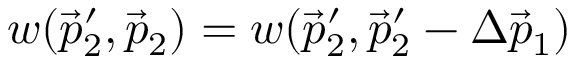
w ( \vec { p } _ { 2 } ^ { \prime } , \vec { p } _ { 2 } ) = w ( \vec { p } _ { 2 } ^ { \prime } , \vec { p } _ { 2 } ^ { \prime } - \Delta \vec { p } _ { 1 } )